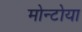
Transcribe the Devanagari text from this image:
मोन्टोया